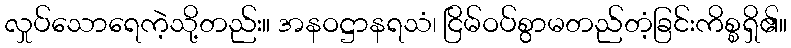
လှုပ်သောရေကဲ့သို့တည်း။ အနဝဋ္ဌာနရသံ၊ ငြိမ်ဝပ်စွာမတည်တံ့ခြင်းကိစ္စရှိ၏။